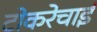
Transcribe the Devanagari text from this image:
टोकरेचाई